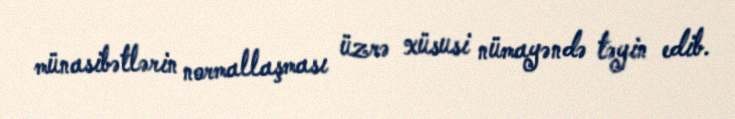
münasibətlərin normallaşması üzrə xüsusi nümayəndə təyin edib.